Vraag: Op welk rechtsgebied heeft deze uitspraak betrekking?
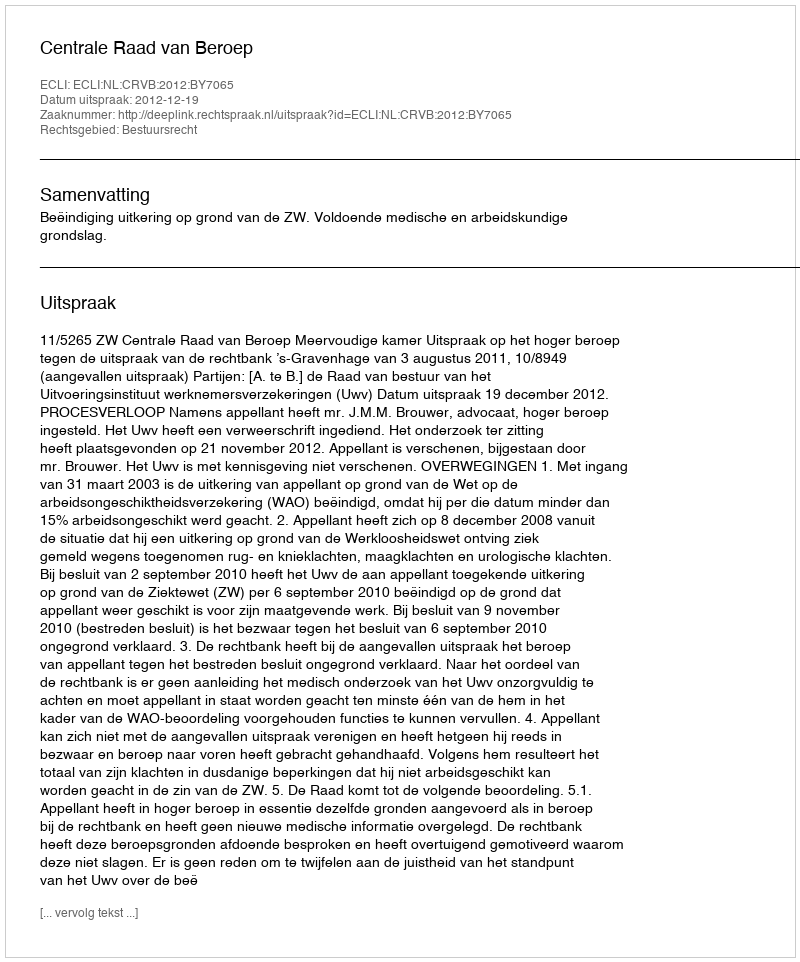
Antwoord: Bestuursrecht